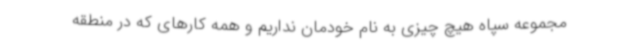
مجموعه سپاه هیچ چیزی به نام خودمان نداریم و همه کارهای که در منطقه